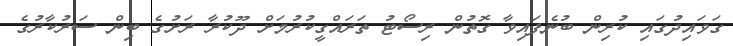
ގަވައިދުގައި ކުރިން ބުނެފައިވާ ގޮތުން ރިސޯޓު ތަރައްގީކުރުމަށް ދޫކުރާ ރަށުގެ ބިން ސަރުކާރުގެ